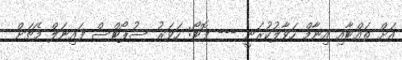
އަށް ތައްޓާއި އިނާމް ހަވާލުކުރަނީ --- ފޮޓޯ: ހަވަރު ސުޕޯޓްސް ފައިނަލް މެޗަށް